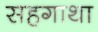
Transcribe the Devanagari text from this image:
सहगाथा